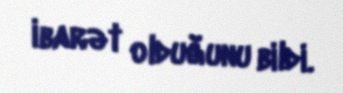
ibarət olduğunu bildi.